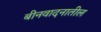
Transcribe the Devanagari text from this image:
बीनवादनातील